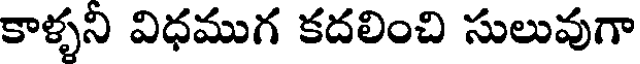
కాళ్ళని విధముగ కదలించి సులువుగా